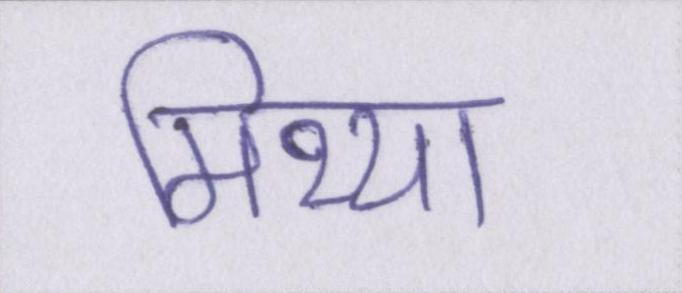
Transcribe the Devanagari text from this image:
मिथ्या